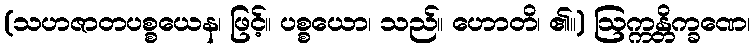
(သဟဇာတပစ္စယေန၊ ဖြင့်။ ပစ္စယော၊ သည်။ ဟောတိ၊ ၏။) ဩက္ကန္တိက္ခဏေ၊